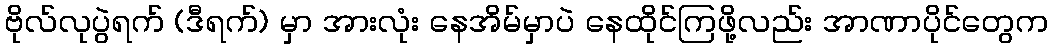
ဗိုလ်လုပွဲရက် (ဒီရက်) မှာ အားလုံး နေအိမ်မှာပဲ နေထိုင်ကြဖို့လည်း အာဏာပိုင်တွေက